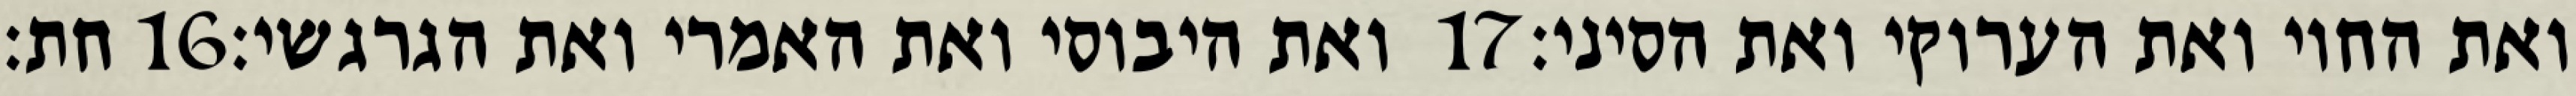
חת׃ ‎16‏ ואת היבוסי ואת האמרי ואת הגרגשי׃ ‎17‏ ואת החוי ואת הערוקי ואת הסיני׃